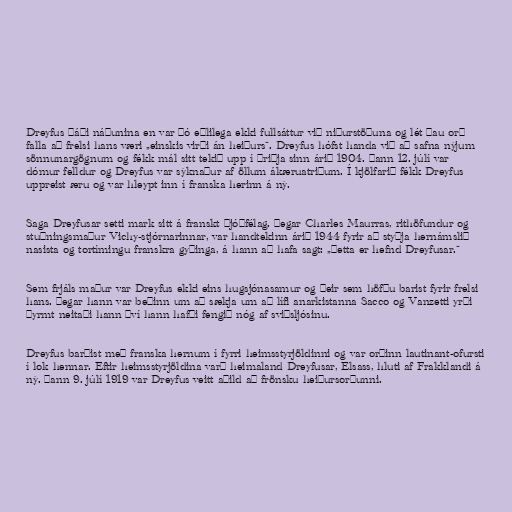
Dreyfus þáði náðunina en var þó eðlilega ekki fullsáttur við niðurstöðuna og lét þau orð
falla að frelsi hans væri „einskis virði án heiðurs“. Dreyfus hófst handa við að safna nýjum
sönnunargögnum og fékk mál sitt tekið upp í þriðja sinn árið 1904. Þann 12. júlí var
dómur felldur og Dreyfus var sýknaður af öllum ákæruatriðum. Í kjölfarið fékk Dreyfus
uppreist æru og var hleypt inn í franska herinn á ný.

Saga Dreyfusar setti mark sitt á franskt þjóðfélag. Þegar Charles Maurras, rithöfundur og
stuðningsmaður Vichy-stjórnarinnar, var handtekinn árið 1944 fyrir að styðja hernámslið
nasista og tortímingu franskra gyðinga, á hann að hafa sagt: „Þetta er hefnd Dreyfusar.“

Sem frjáls maður var Dreyfus ekki eins hugsjónasamur og þeir sem höfðu barist fyrir frelsi
hans. Þegar hann var beðinn um að sækja um að lífi anarkistanna Sacco og Vanzetti yrði
þyrmt neitaði hann því hann hafði fengið nóg af sviðsljósinu.

Dreyfus barðist með franska hernum í fyrri heimsstyrjöldinni og var orðinn lautinant-ofursti
í lok hennar. Eftir heimsstyrjöldina varð heimaland Dreyfusar, Elsass, hluti af Frakklandi á
ný. Þann 9. júlí 1919 var Dreyfus veitt aðild að frönsku heiðursorðunni.